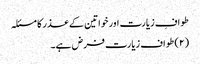
طوافِ زیارت اور خواتین کے عذر کا مسئلہ
(۲) طواف زیارت فرض ہے۔